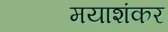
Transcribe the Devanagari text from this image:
मयाशंकर